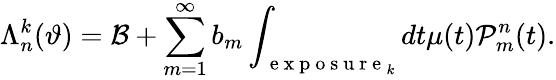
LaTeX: \Lambda_{n}^{k}(\vartheta)=\mathcal{B}+\sum_{m=1}^{\infty}b_{m}\int_{\mathrm{~e~x~p~o~s~u~r~e~}_{k}}dt\mu(t)\mathcal{P}_{m}^{n}(t).